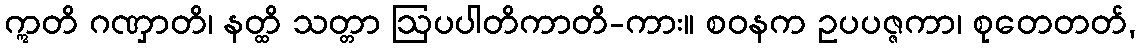
ဣတိ ဂဏှာတိ၊ နတ္ထိ သတ္တာ ဩပပါတိကာတိ-ကား။ စဝနက ဥပပဇ္ဇကာ၊ စုတေတတ်,